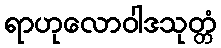
ရာဟုလောဝါဒသုတ္တံ